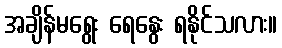
အချိန်မရွေး ရေနွေး ရနိုင်သလား။